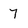
Character: 7